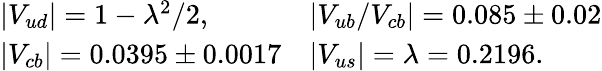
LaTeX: \begin{array}{ll}{{|V_{ud}|=1-\lambda^{2}/2,}}&{{|V_{ub}/V_{cb}|=0.085\pm 0.02}}\\ {{|V_{cb}|=0.0395\pm 0.0017}}&{{|V_{us}|=\lambda=0.2196.}}\end{array}